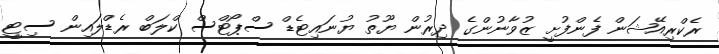
ރެކްރިއޭޝަން ފެންފުށީ ޒުވާނުންގެ ދިރުން ޔޫތު ޔުނައިޓެޑް ސްޕޯޓްސް ކްލަބް ރެޑްލައިން ސިޓީ